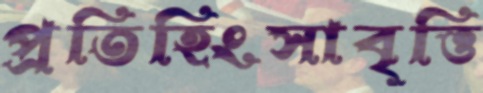
প্রতিহিংসাবৃত্তি